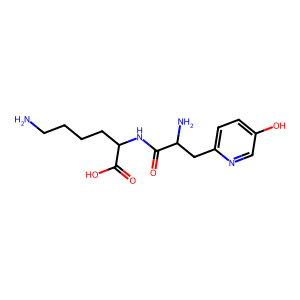
SMILES: NCCCCC(NC(=O)C(N)Cc1ccc(O)cn1)C(=O)O
Inhibits HIV replication: No